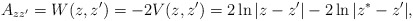
\begin{align*}A_{zz'}=W(z,z^\prime)=-2 V(z,z')=2\ln |z-z^\prime| -2\ln |z^*-z^\prime|,\end{align*}